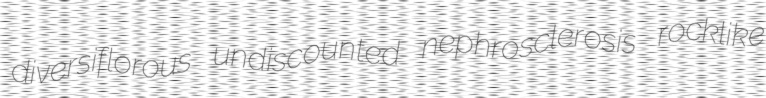
diversiflorous undiscounted nephrosclerosis rocklike